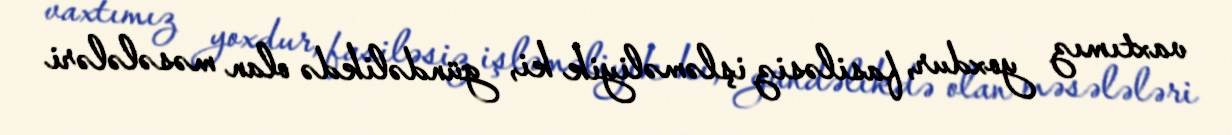
vaxtımız yoxdur, fasiləsiz işləməliyik ki, gündəlikdə olan məsələləri